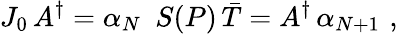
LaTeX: J_{0}\, A^{\dagger}=\alpha_{N}\, \, \, S(P)\, \bar{T}=A^{\dagger}\, \alpha_{N+1}\, \, ,